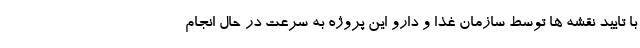
با تایید نقشه ها توسط سازمان غذا و دارو این پروژه به سرعت در حال انجام